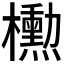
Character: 𪴚